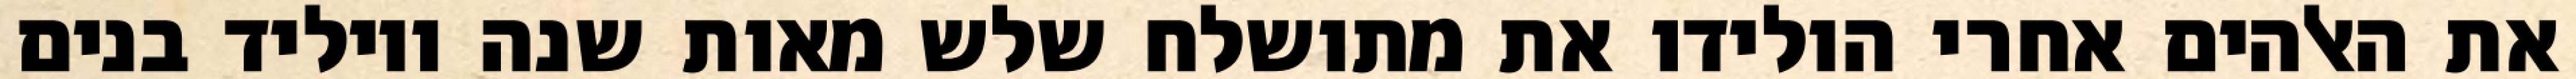
את האלהים אחרי הולידו את מתושלח שלש מאות שנה ויוליד בנים